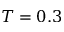
T = 0 . 3